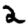
Digit: 2